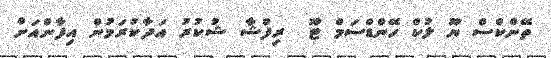
ތޭންްކްްސް ޔޫ ލުކް ހޭންޑްސަމް ޓޫ  ރިފްޝާ ޝުކުރު އަދާކުރަމުން އިފާންއަށް